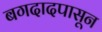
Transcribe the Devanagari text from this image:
बगदादपासून